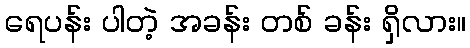
ရေပန်း ပါတဲ့ အခန်း တစ် ခန်း ရှိလား။